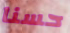
حسنا